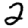
Digit: 2